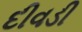
દીવડી